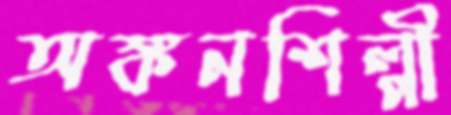
অঙ্কনশিল্পী